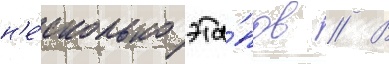
н'е́сколько эта́пов // В